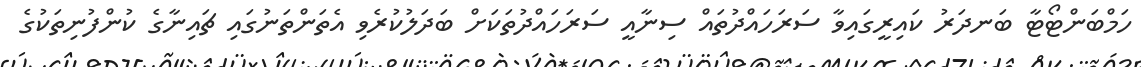
ހަމްބަންޓޯޓާ ބަނދަރު ކައިރީގައިވާ ސަރަހައްދުތައް ސިނާއީ ސަރަހައްދުތަކަށް ބަދަލުކުރެވި އެތަންތަނުގައި ޗައިނާގެ ކުންފުނިތަކުގެ